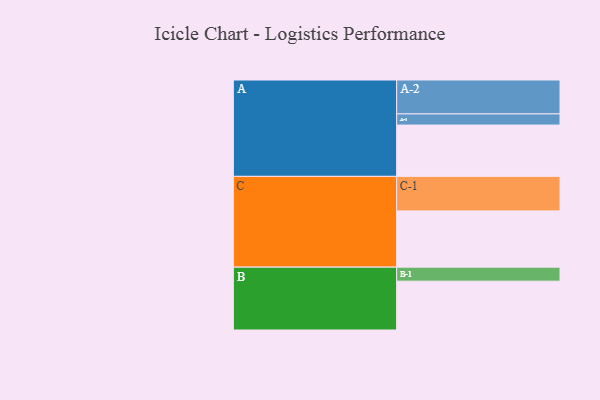
{"axis": {"x": "Segment", "y": "Value"}, "legend": ["", "A", "B", "C"], "data": [{"x": "A", "y": 395, "type": ""}, {"x": "B", "y": 376, "type": ""}, {"x": "C", "y": 433, "type": ""}, {"x": "A-1", "y": 86, "type": "A"}, {"x": "A-2", "y": 261, "type": "A"}, {"x": "B-1", "y": 108, "type": "B"}, {"x": "C-1", "y": 266, "type": "C"}]}